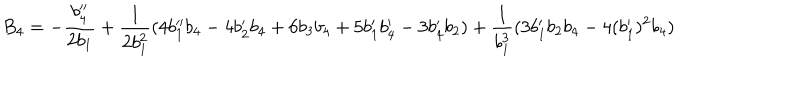
LaTeX: B _ { 4 } = - \frac { b _ { 4 } ^ { \prime \prime } } { 2 b _ { 1 } } + \frac { 1 } { 2 b _ { 1 } ^ { 2 } } ( 4 b _ { 1 } ^ { \prime \prime } b _ { 4 } - 4 b _ { 2 } ^ { \prime } b _ { 4 } + 6 b _ { 3 } b _ { 4 } + 5 b _ { 1 } ^ { \prime } b _ { 4 } ^ { \prime } - 3 b _ { 4 } ^ { \prime } b _ { 2 } ) + \frac { 1 } { b _ { 1 } ^ { 3 } } ( 3 b _ { 1 } ^ { \prime } b _ { 2 } b _ { 4 } - 4 ( b _ { 1 } ^ { \prime } ) ^ { 2 } b _ { 4 } )